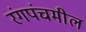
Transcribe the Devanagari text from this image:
रंगपंचमील